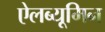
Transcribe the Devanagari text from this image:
ऐलब्यूमिन